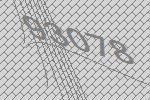
93078